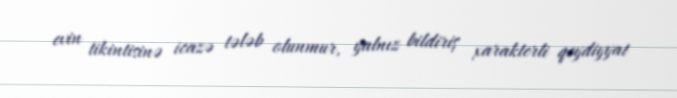
evin tikintisinə icazə tələb olunmur, yalnız bildiriş xarakterli qeydiyyat